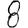
Digit: 8